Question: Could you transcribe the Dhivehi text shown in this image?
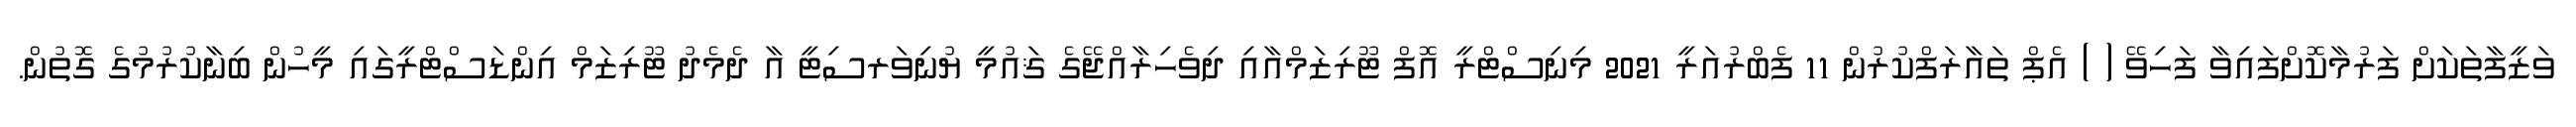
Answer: ވަޒީފާތަކަށް ފަރުމާކޮށްފައިވާ ފަހިވޭ ( ) އެޕް ތައާރަފްކުރުން 11 ފެބްރުއަރީ 2021 މިނިސްޓްރީ އޮފް ޓޫރިޒަމްއާއި ދިވެހިރާއްޖޭގެ ޤައުމީ ޔުނިވަރސިޓީ އާ ދެމެދު ޓޫރިޒަމް އިންޑަސްޓްރީގައި މީހުން ބިނާކުރުމުގެ ގޮތުން.